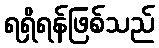
ရရှိရန်ဖြစ်သည်